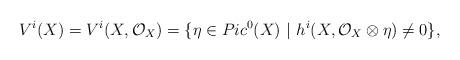
LaTeX: \begin{align*}V^i(X)=V^i(X, \mathcal{O}_X)=\{\eta\in Pic^0(X)\ |\ h^i (X, \mathcal{O}_X \otimes \eta)\neq 0\},\end{align*}